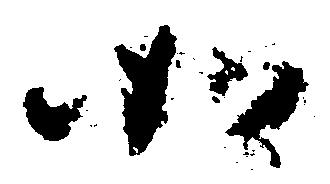
如